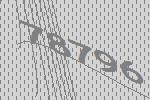
78796